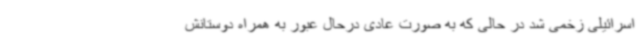
اسرائیلی زخمی شد در حالی که به صورت عادی درحال عبور به همراه دوستانش